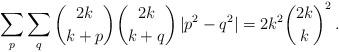
LaTeX: \begin{align*}\sum_p \sum_q \binom{2k}{k+p} \binom{2k}{k+q}\, |p^2-q^2| = 2k^2{\binom{2k}{k}}^2\,. \end{align*}